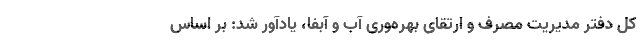
کل دفتر مدیریت مصرف و ارتقای بهره‌وری آب و آبفا، یادآور شد: بر اساس